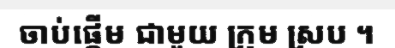
ចាប់ផ្តើម ជាមួយ ក្រុម ស្រប ។